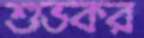
শুভকর